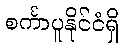
စင်္ကာပူနိုင်ငံရှိ